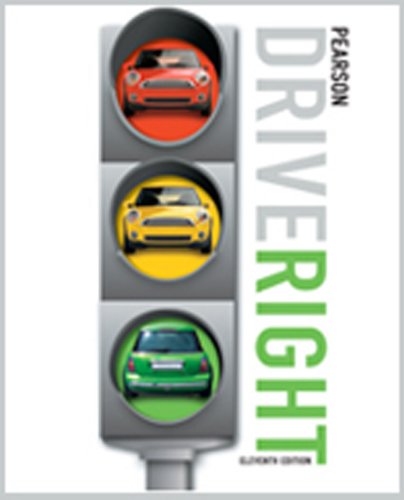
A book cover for DRIVE RIGHT C2010 STUDENT EDITION SOFTCOVER; PRENTICE HALL; Test Preparation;